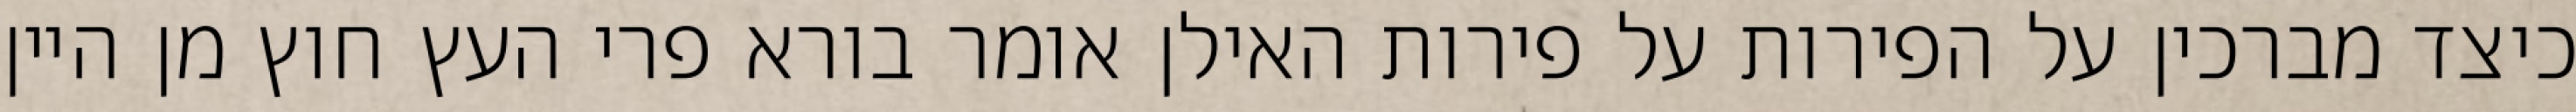
כיצד מברכין על הפירות על פירות האילן אומר בורא פרי העץ חוץ מן היין